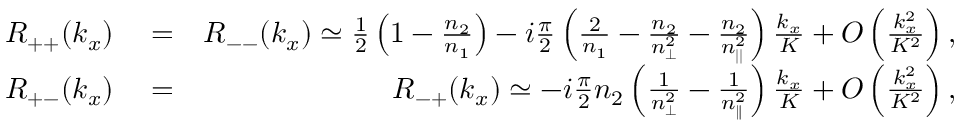
\begin{array} { r l r } { R _ { + + } ( k _ { x } ) } & { { } = } & { R _ { -- } ( k _ { x } ) \simeq \frac { 1 } { 2 } \left( 1 - \frac { n _ { 2 } } { n _ { 1 } } \right) - i \frac { \pi } { 2 } \left( \frac { 2 } { n _ { 1 } } - \frac { n _ { 2 } } { n _ { \perp } ^ { 2 } } - \frac { n _ { 2 } } { n _ { | | } ^ { 2 } } \right) \frac { k _ { x } } { K } + { \cal O } \left( \frac { k _ { x } ^ { 2 } } { K ^ { 2 } } \right) , } \\ { R _ { + - } ( k _ { x } ) } & { { } = } & { R _ { - + } ( k _ { x } ) \simeq - i \frac { \pi } { 2 } n _ { 2 } \left( \frac { 1 } { n _ { \perp } ^ { 2 } } - \frac { 1 } { n _ { \parallel } ^ { 2 } } \right) \frac { k _ { x } } { K } + { \cal O } \left( \frac { k _ { x } ^ { 2 } } { K ^ { 2 } } \right) , } \end{array}